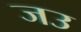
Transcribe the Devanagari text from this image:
जउ